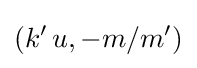
(k'\,u,-m/m')